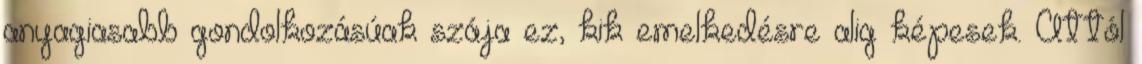
anyagiasabb gondolkozásúak szája ez, kik emelkedésre alig képesek. Attól